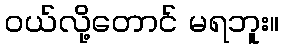
၀ယ်လို့တောင် မရဘူး။